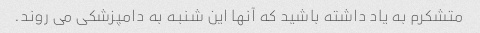
متشکرم به یاد داشته باشید که آنها این شنبه به دامپزشکی می روند.